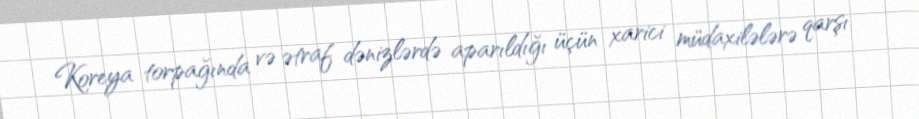
Koreya torpağında və ətraf dənizlərdə aparıldığı üçün xarici müdaxilələrə qarşı